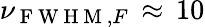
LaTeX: \nu_{\mathrm{~F~W~H~M~},F}\, \approx\, 10